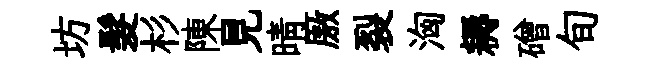
坊髮杉陳見晴厫裂洶耨磳旬